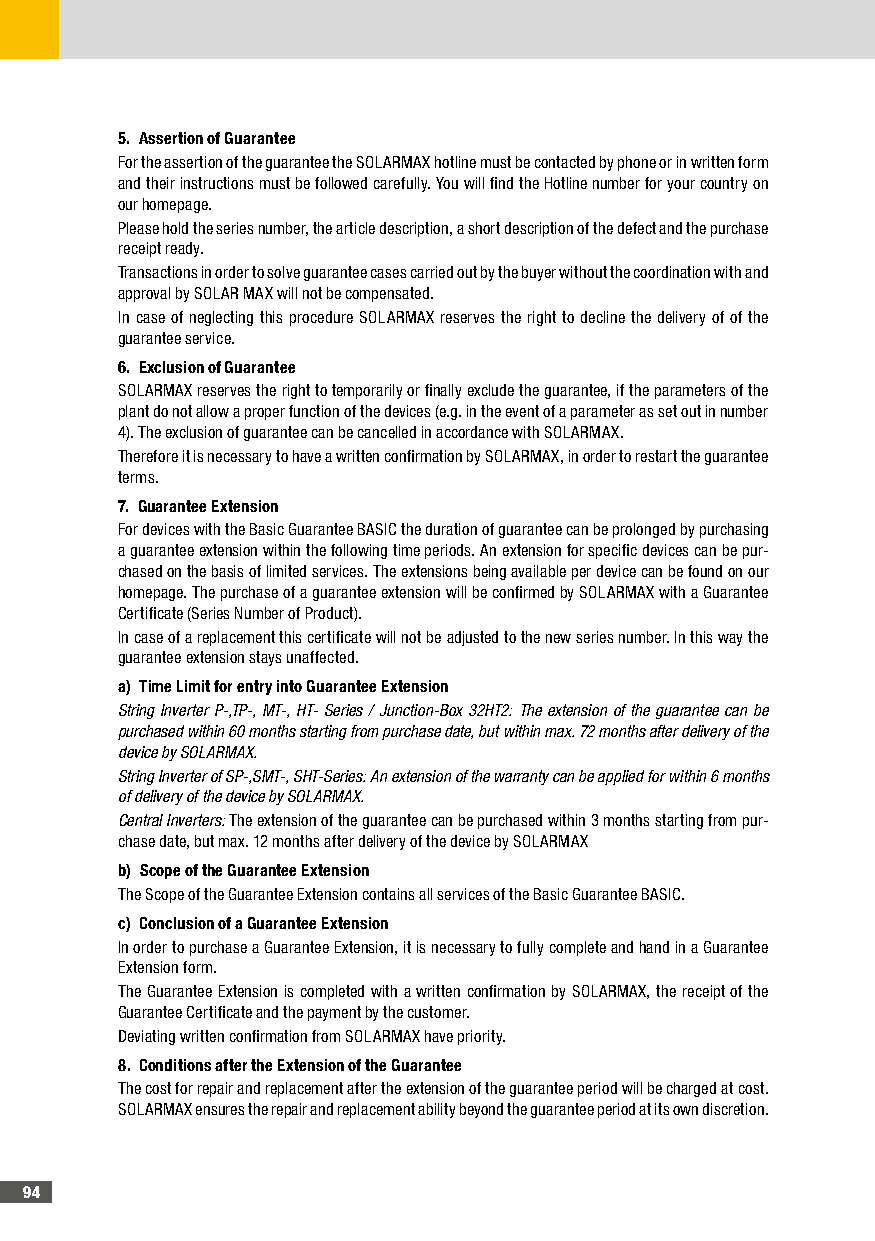
5� Assertion of Guarantee
 For the assertion of the guarantee the SOLARMAX hotline must be contacted by phone or in written form
 and their instructions must be followed carefully. You will find the Hotline number for your country on
 our homepage.
 Please hold the series number, the article description, a short description of the defect and the purchase
 receipt ready.
 Transactions in order to solve guarantee cases carried out by the buyer without the coordination with and
 approval by SOLAR MAX will not be compensated.
 In case of neglecting this procedure SOLARMAX reserves the right to decline the delivery of of the
 guarantee service.
 6� Exclusion of Guarantee
 SOLARMAX reserves the right to temporarily or finally exclude the guarantee, if the parameters of the
 plant do not allow a proper function of the devices (e.g. in the event of a parameter as set out in number
 4). The exclusion of guarantee can be cancelled in accordance with SOLARMAX.
 Therefore it is necessary to have a written confirmation by SOLARMAX, in order to restart the guarantee
 terms.
 7� Guarantee Extension
 For devices with the Basic Guarantee BASIC the duration of guarantee can be prolonged by purchasing
 a guarantee extension within the following time periods. An extension for specific devices can be pur-
 chased on the basis of limited services. The extensions being available per device can be found on our
 homepage. The purchase of a guarantee extension will be confirmed by SOLARMAX with a Guarantee
 Certificate (Series Number of Product).
 In case of a replacement this certificate will not be adjusted to the new series number. In this way the
 guarantee extension stays unaffected.
 a) Time Limit for entry into Guarantee Extension
 String Inverter P-,TP-, MT-, HT- Series / Junction-Box 32HT2: The extension of the guarantee can be
 purchased within 60 months starting from purchase date, but within max. 72 months after delivery of the
 device by SOLARMAX.
 String Inverter of SP-,SMT-, SHT-Series: An extension of the warranty can be applied for within 6 months
 of delivery of the device by SOLARMAX.
 Central Inverters: The extension of the guarantee can be purchased within 3 months starting from pur-
 chase date, but max. 12 months after delivery of the device by SOLARMAX
 b) Scope of the Guarantee Extension
 The Scope of the Guarantee Extension contains all services of the Basic Guarantee BASIC.
 c) Conclusion of a Guarantee Extension
 In order to purchase a Guarantee Extension, it is necessary to fully complete and hand in a Guarantee
 Extension form.
 The Guarantee Extension is completed with a written confirmation by SOLARMAX, the receipt of the
 Guarantee Certificate and the payment by the customer.
 Deviating written confirmation from SOLARMAX have priority.
 8� Conditions after the Extension of the Guarantee
 The cost for repair and replacement after the extension of the guarantee period will be charged at cost.
 SOLARMAX ensures the repair and replacement ability beyond the guarantee period at its own discretion.
 94